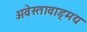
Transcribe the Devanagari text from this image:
अवेस्तावाड्मय